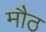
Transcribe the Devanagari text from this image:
मौठ